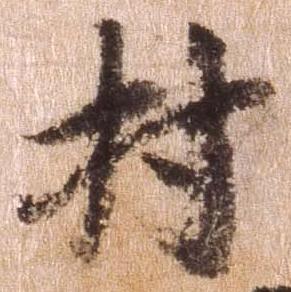
村